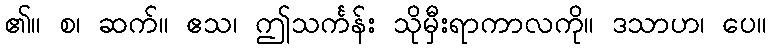
၏။ စ၊ ဆက်။ ဧသ၊ ဤသင်္ကန်း သိုမှီးရာကာလကို။ ဒသာဟ၊ ပေ။